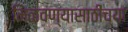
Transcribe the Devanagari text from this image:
मिळवण्यासाठीच्या